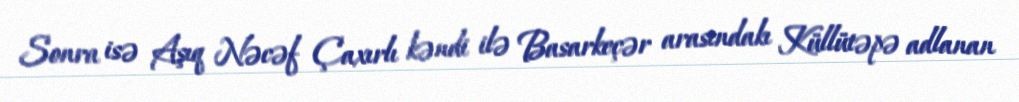
Sonra isə Aşıq Nəcəf Çaxırlı kəndi ilə Basarkeçər arasındakı Küllütəpə adlanan